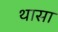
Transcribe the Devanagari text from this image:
थासा